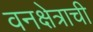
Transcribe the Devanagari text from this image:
वनक्षेत्राची